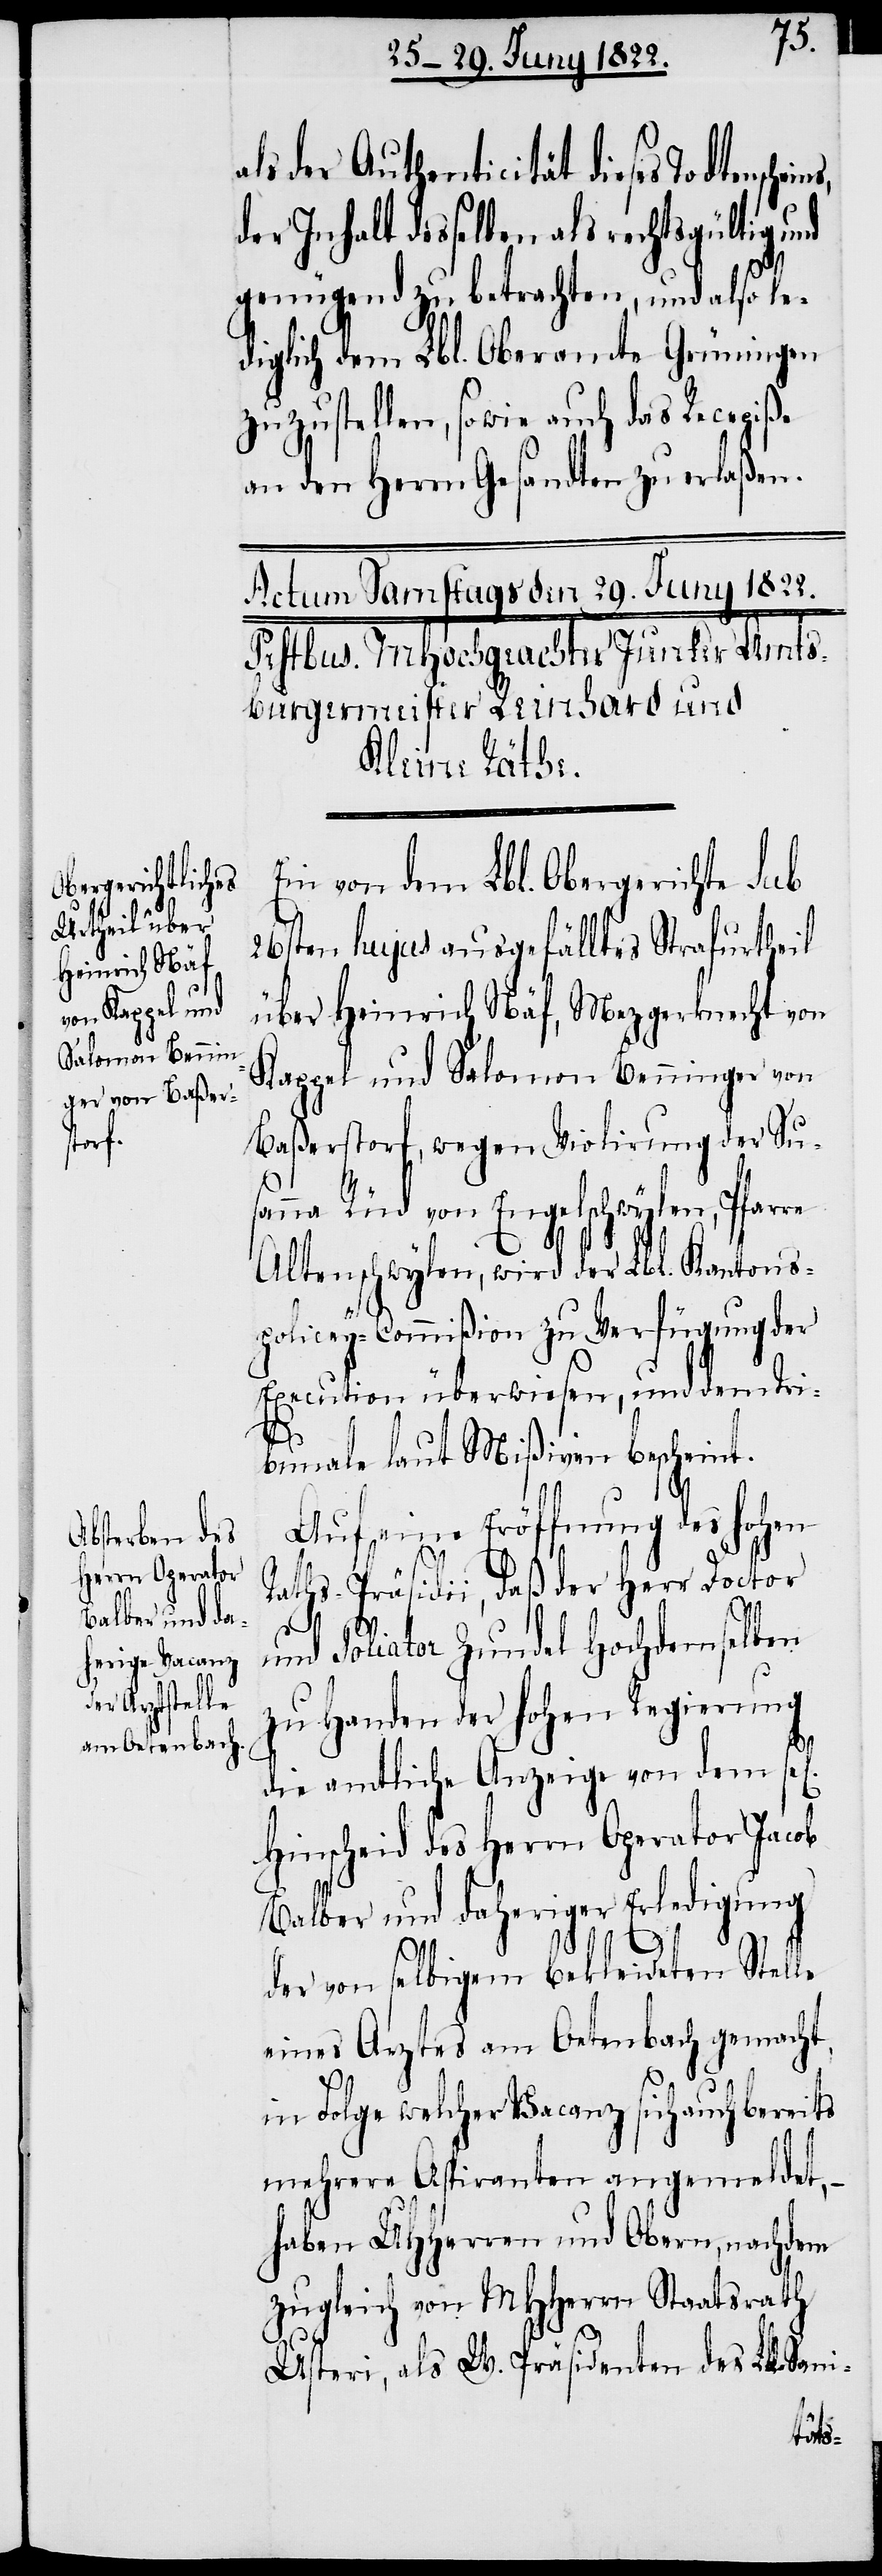
ls der Authenticität dieses Todtenschei¬
der Inhalt desselben als rechtsgültig
genügend zu betrachten, und also le¬
diglich dem Lbl. Oberamte Grüningen
zuzustellen, sowie auch das Recepiße
an den Herrn Gesandten zu erlaßen.
Ein von dem Lbl. Obergerichte Sub
26sten hujus ausgefälltes Strafurtheil
über Heinrich Näf, Mezgerknecht von
Kappel und Salomon Benninger von
Baßerstorf, wegen Violirung der Sus¬
anna Rüd von Engelschwylen, Pfarre
Altenschwylen, wird der Lbl. Kantons¬
policey-Commißion zu Verfügung der
Execution überwiesen, und dem Tri¬
bunale laut Mißiven bescheint.
Auf eine Eröffnung des hohen
Raths-Präsidii, daß der Doctor
und Poliator Zundel Hochdemselben
zu Handen der hohen Regierung
ns,
die amtliche Anzeige von dem sel.
Hinscheid des Herrn Operator Jacob
Balber und daheriger Erledigung
der von selbigem bekleideten Stelle
eines Arztes am Oetenbach gemacht,
in Folge welcher Vacanz sich auch bereits
mehrere Aspiranten angemeldet,
haben UHHerren und Obern, nachdem
zugleich von MHHerren Staatsrath
Usteri, als W. Präsidenten des Lbl. San¬
i-